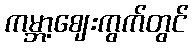
ကမ္ဘာ့ဈေးကွက်တွင်